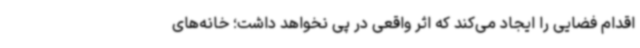
اقدام فضایی را ایجاد می‌کند که اثر واقعی در پی نخواهد داشت؛ خانه‌های